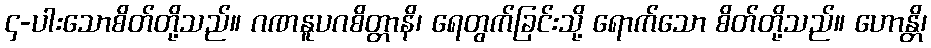
၄-ပါးသောစိတ်တို့သည်။ ဂဏနူပဂစိတ္တာနိ၊ ရေတွက်ခြင်းသို့ ရောက်သော စိတ်တို့သည်။ ဟောန္တိ၊